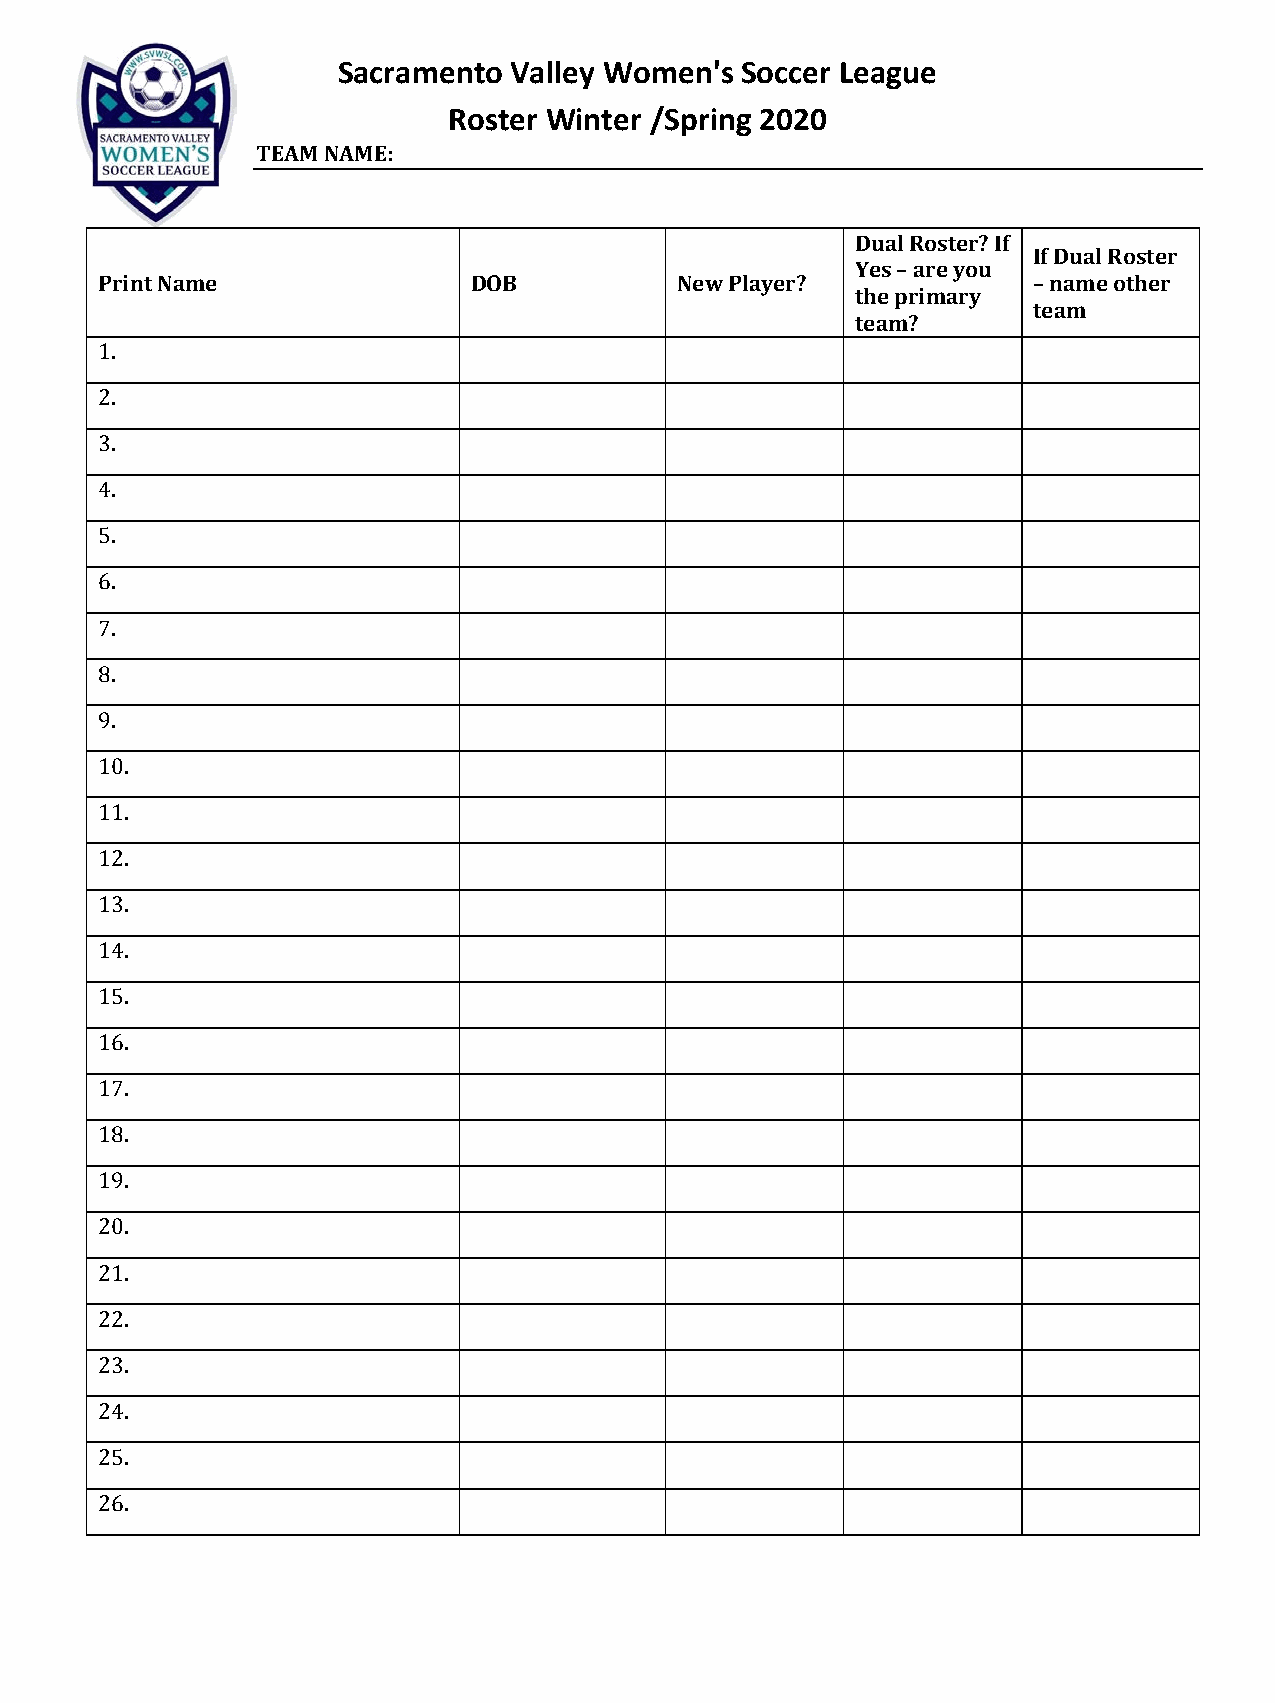
Sacramento  Valley Women's Soccer League
 Roster Winter /Spring 2020
 TEAM NAME:
 Dual Roster? If
 If Dual Roster
 Yes – are you
 Print Name               DOB           New Player?            – name other
 the primary
 team
 team?
 1.
 2.
 3.
 4.
 5.
 6.
 7.
 8.
 9.
 10.
 11.
 12.
 13.
 14.
 15.
 16.
 17.
 18.
 19.
 20.
 21.
 22.
 23.
 24.
 25.
 26.